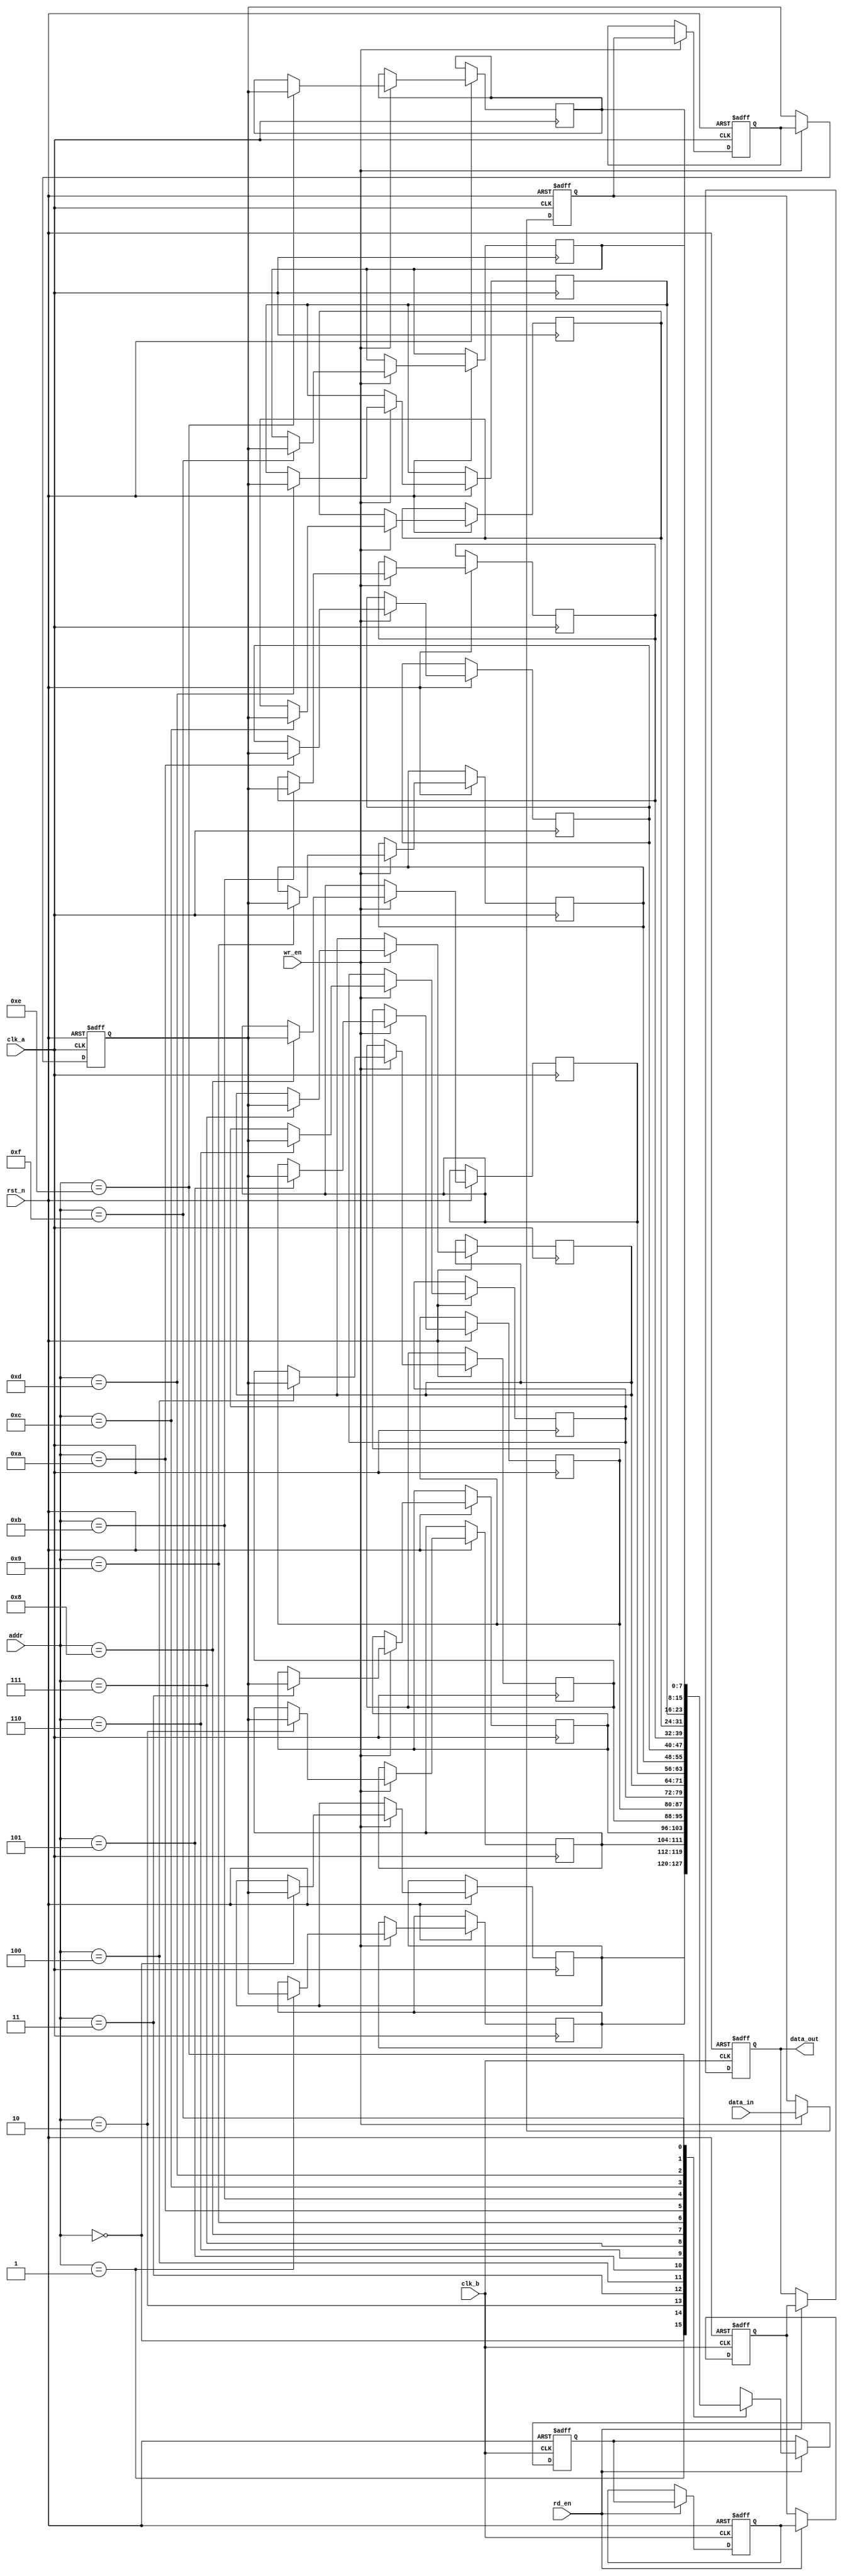
module memory_blocks #(
    parameter ADDR_WIDTH = 4,  // Number of address bits
    parameter DATA_WIDTH = 8    // Data width
)(
    input wire clk_a,           // Clock for write domain
    input wire clk_b,           // Clock for read domain
    input wire rst_n,           // Active low reset
    input wire wr_en,           // Write enable
    input wire rd_en,           // Read enable
    input wire [ADDR_WIDTH-1:0] addr, // Address for read/write
    input wire [DATA_WIDTH-1:0] data_in, // Data input
    output reg [DATA_WIDTH-1:0] data_out // Data output
);

    // Memory array
    reg [DATA_WIDTH-1:0] memory [(2**ADDR_WIDTH)-1:0];

    // Safe delay line for write data
    reg [DATA_WIDTH-1:0] delay_line [0:2]; // 3-stage delay line

    // Write logic
    always @(posedge clk_a or negedge rst_n) begin
        if (!rst_n) begin
            // Reset delay line
            delay_line[0] <= 0;
            delay_line[1] <= 0;
            delay_line[2] <= 0;
        end else if (wr_en) begin
            // Shift data through the delay line
            delay_line[0] <= data_in;
            delay_line[1] <= delay_line[0];
            delay_line[2] <= delay_line[1];

            // Write to memory after delay
            memory[addr] <= delay_line[2];
        end
    end

    // Safe delay line for read data
    reg [DATA_WIDTH-1:0] read_delay_line [0:2]; // 3-stage delay line for read

    // Read logic
    always @(posedge clk_b or negedge rst_n) begin
        if (!rst_n) begin
            // Reset read delay line
            read_delay_line[0] <= 0;
            read_delay_line[1] <= 0;
            read_delay_line[2] <= 0;
            data_out <= 0;
        end else if (rd_en) begin
            // Read data from memory
            read_delay_line[0] <= memory[addr];
            read_delay_line[1] <= read_delay_line[0];
            read_delay_line[2] <= read_delay_line[1];

            // Output the delayed read data
            data_out <= read_delay_line[2];
        end
    end

endmodule